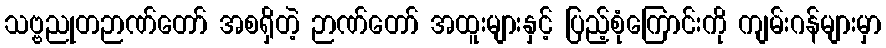
သဗ္ဗညုတဉာဏ်တော် အစရှိတဲ့ ဉာဏ်တော် အထူးများနှင့် ပြည့်စုံကြောင်းကို ကျမ်းဂန်များမှာ